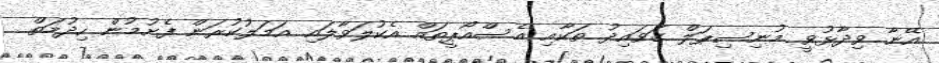
އޭނާ ވިދާޅުވީ މުނިސިޕަލް ގަވައިދު ތަކާއި އެސްއޯޕީތައް އެކުލަވާލައި އަމަލުކުރަން ފެށުމުން ހިދުމަތް